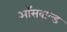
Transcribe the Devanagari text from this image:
ऑसवाल्ड